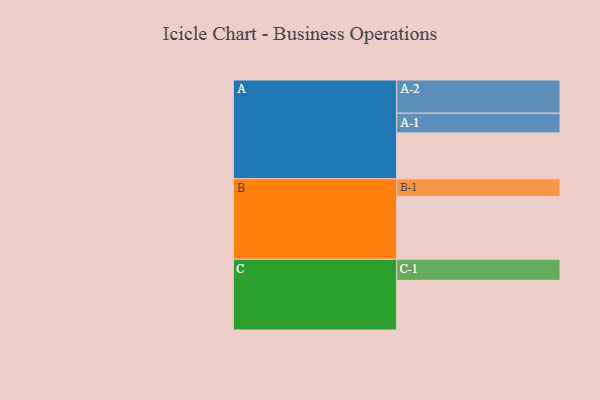
{"axis": {"x": "Segment", "y": "Value"}, "legend": ["", "A", "B", "C"], "data": [{"x": "A", "y": 357, "type": ""}, {"x": "B", "y": 486, "type": ""}, {"x": "C", "y": 386, "type": ""}, {"x": "A-1", "y": 153, "type": "A"}, {"x": "A-2", "y": 258, "type": "A"}, {"x": "B-1", "y": 139, "type": "B"}, {"x": "C-1", "y": 164, "type": "C"}]}